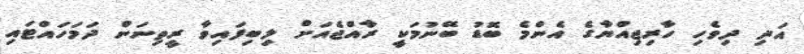
އަދި ދިވެހި ހާރިޖިއްޔާގެ އެންމެ ބޮޑު ބޭނުމަކީ ރާއްޖެއަށް ލިބިފައިވާ ރީތިނަން ދަމަހައްޓައި